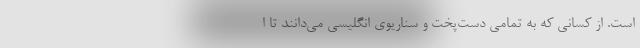
است. از کسانی که به تمامی دست‌پخت و سناریوی انگلیسی می‌دانند تا ا